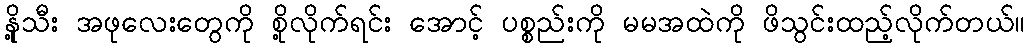
နို့သီး အဖုလေးတွေကို စို့လိုက်ရင်း အောင့် ပစ္စည်းကို မမအထဲကို ဖိသွင်းထည့်လိုက်တယ်။